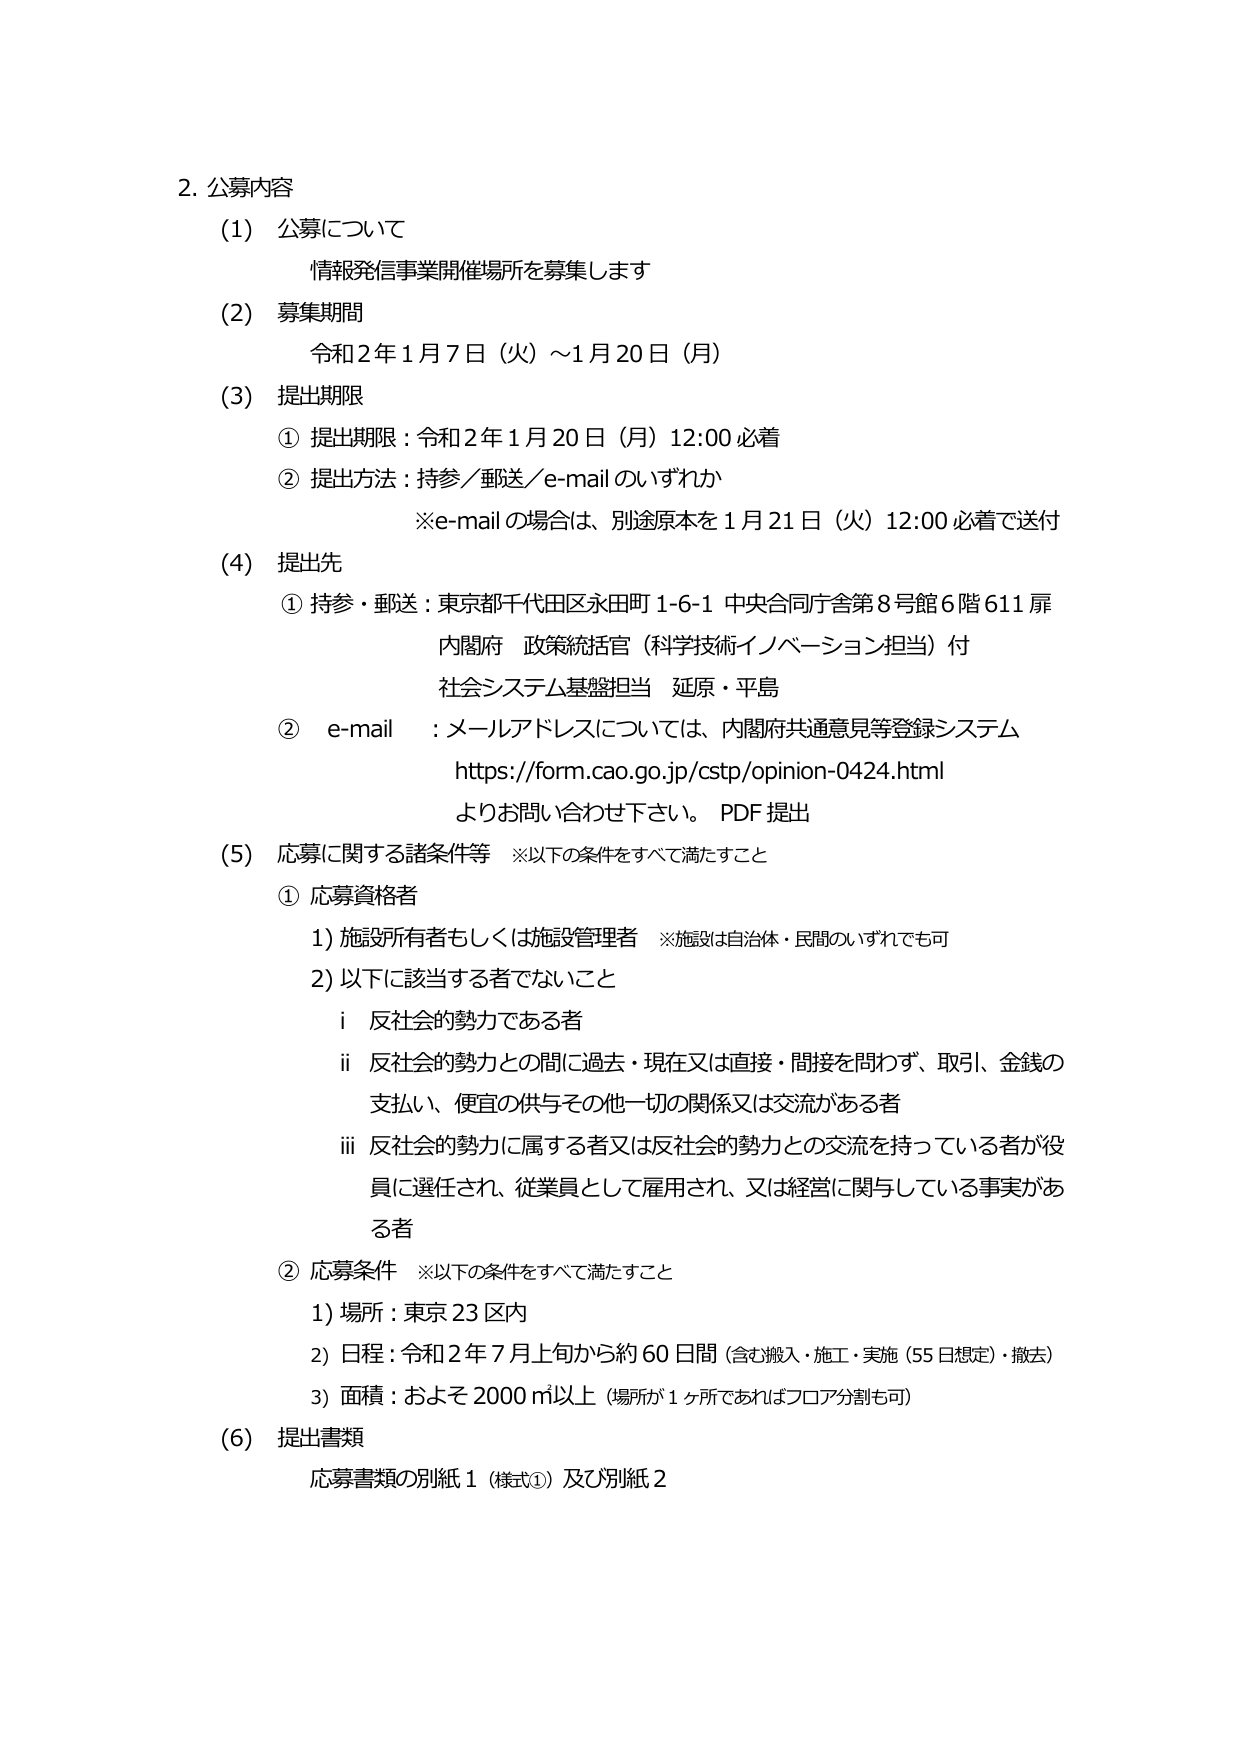
2. 公募内容
(1) 公募について
　情報発信事業開催場所を募集します
(2) 募集期間
　令和2年1月7日（火）～1月20日（月）
(3) 提出期限
　① 提出期限：令和2年1月20日（月）12:00 必着
　② 提出方法：持参／郵送／e-mail のいずれか
　　　※e-mail の場合は、別途原本を1月21日（火）12:00 必着で送付
(4) 提出先
　① 持参・郵送：東京都千代田区永田町1-6-1 中央合同庁舎第8号館6階611扉
　　　内閣府 政策統括官（科学技術イノベーション担当）付
　　　社会システム基盤担当 延原・平島
　② e-mail ：メールアドレスについては、内閣府共通意見等登録システム
　　　https://form.cao.go.jp/cstp/opinion-0424.html
　　　よりお問い合わせ下さい。 PDF 提出
(5) 応募に関する諸条件等　※以下の条件をすべて満たすこと
　① 応募資格者
　　1) 施設所有者もしくは施設管理者　※施設は自治体・民間のいずれでも可
　　2) 以下に該当する者でないこと
　　　i 反社会的勢力である者
　　　ii 反社会的勢力との間に過去・現在又は直接・間接を問わず、取引、金銭の
　　　　　支払い、便宜の供与その他一切の関係又は交流がある者
　　　iii 反社会的勢力に属する者又は反社会的勢力との交流を持っている者が役
　　　　　員に選任され、従業員として雇用され、又は経営に関与している事実があ
　　　　　る者
　② 応募条件　※以下の条件をすべて満たすこと
　　1) 場所：東京23区内
　　2) 日程：令和2年7月上旬から約60日間（含む搬入・施工・実施（55日想定）・撤去）
　　3) 面積：およそ2000㎡以上（場所が1ヶ所であればフロア分割も可）
(6) 提出書類
　応募書類の別紙1（様式①）及び別紙2